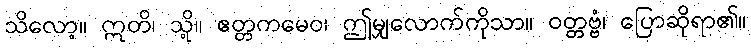
သိလော့။ ဣတိ၊ သို့။ ဧတ္တကမေဝ၊ ဤမျှလောက်ကိုသာ။ ဝတ္တဗ္ဗံ၊ ပြောဆိုရာ၏။